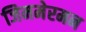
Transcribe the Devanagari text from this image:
जिममेरमन